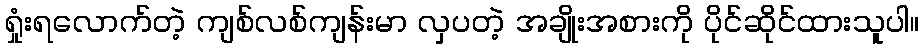
ရှုံးရလောက်တဲ့ ကျစ်လစ်ကျန်းမာ လှပတဲ့ အချိုးအစားကို ပိုင်ဆိုင်ထားသူပါ။